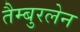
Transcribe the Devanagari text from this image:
तैम्बुरलेन